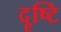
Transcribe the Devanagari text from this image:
दॄ्ष्टि